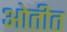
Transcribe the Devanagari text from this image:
ओतीत